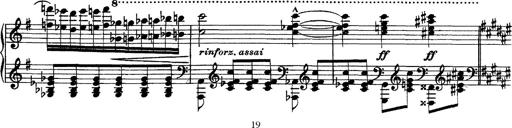
Title: Piano Sonata
Composer: Karl HÃ¤ssler
Key: C major